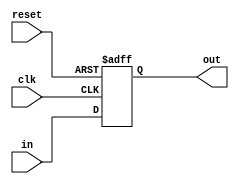
module ProgramCounter(clk, reset, in, out);

	input clk, reset;
	input [31:0] in;
	output reg [31:0] out;
	
	initial out = 32'd0;
	
	always @(posedge clk or posedge reset) begin
		
		if (reset) begin
			out <= 32'd0;
		end
		else begin
			out <= in; //out + 4;
		end
			
	end

endmodule